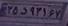
۲۵د۹۳۱۶۷